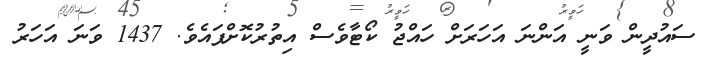
ސައުދީން ވަނީ އަންނަ އަހަރަށް ހައްޖު ކޯޓާވެސް އިތުރުކޮށްފައެވެ. 1437 ވަނަ އަހަރު